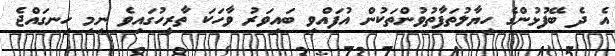
އެ ދެ ބޭފުޅުންގެ ހިޔާލުތަފާތުވުންތަކުން އުފައްވި ބައިވަރު ވާހަކަ ތާރީހުގައިވެ ނިމި ހިނގައްޖެ